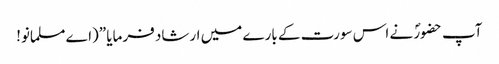
آپ حضورؐ نے اس سورت کے بارے میں ارشاد فرمایا ”(اے مسلمانو!